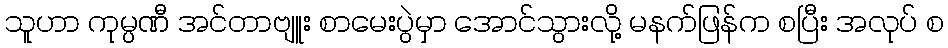
သူဟာ ကုမ္ပဏီ အင်တာဗျူး စာမေးပွဲမှာ အောင်သွားလို့ မနက်ဖြန်က စပြီး အလုပ် စ